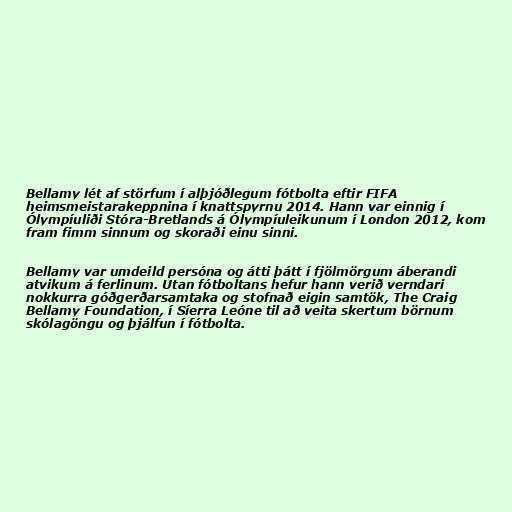
Bellamy lét af störfum í alþjóðlegum fótbolta eftir FIFA
heimsmeistarakeppnina í knattspyrnu 2014. Hann var einnig í
Ólympíuliði Stóra-Bretlands á Ólympíuleikunum í London 2012, kom
fram fimm sinnum og skoraði einu sinni.

Bellamy var umdeild persóna og átti þátt í fjölmörgum áberandi
atvikum á ferlinum. Utan fótboltans hefur hann verið verndari
nokkurra góðgerðarsamtaka og stofnað eigin samtök, The Craig
Bellamy Foundation, í Síerra Leóne til að veita skertum börnum
skólagöngu og þjálfun í fótbolta.